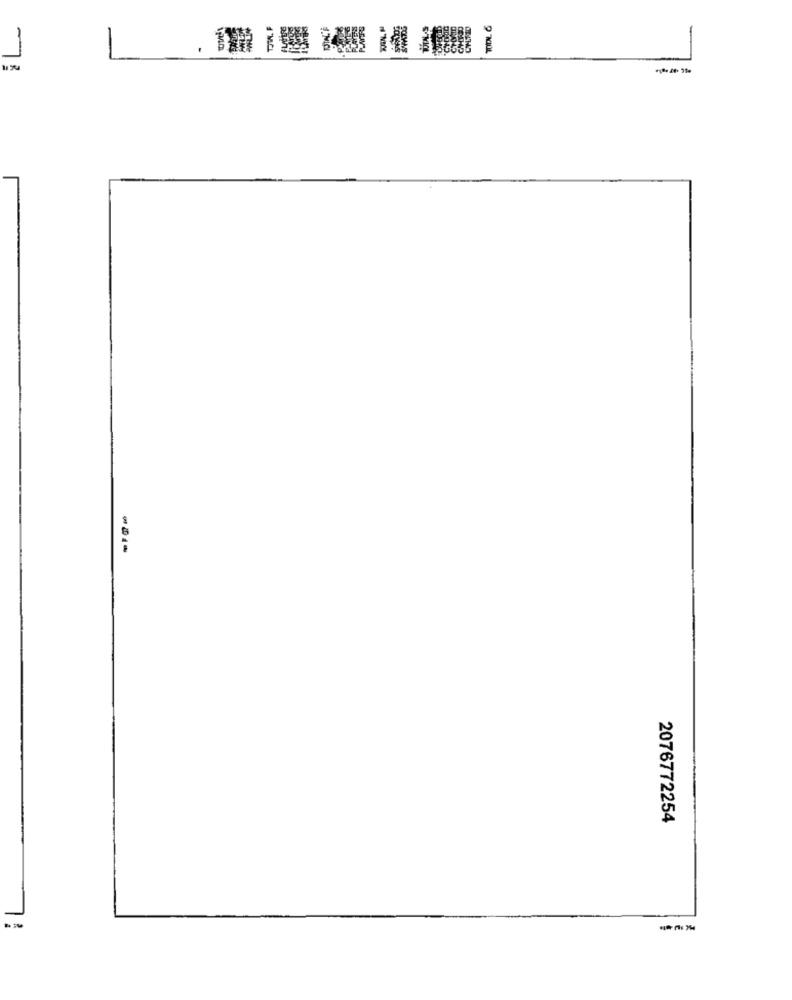
1
2076772254